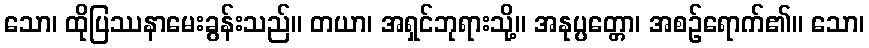
သော၊ ထိုပြဿနာမေးခွန်းသည်။ တယာ၊ အရှင်ဘုရားသို့။ အနုပ္ပတ္တော၊ အစဉ်ရောက်၏။ သော၊